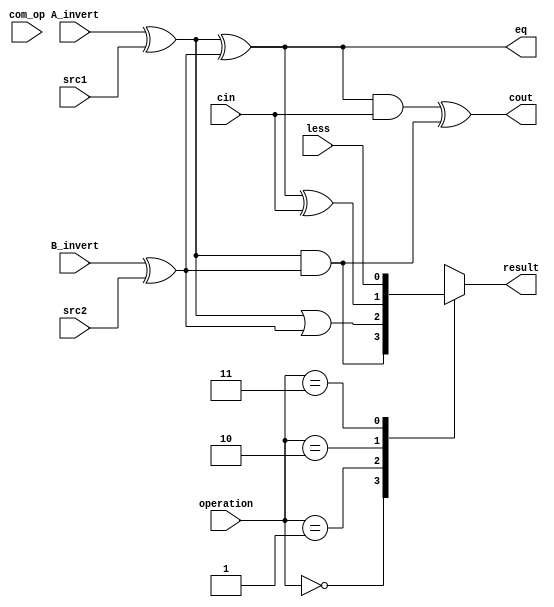
`timescale 1ns/1ps

module alu_top(
               src1,       //1 bit source 1 (input)
               src2,       //1 bit source 2 (input)
               less,       //1 bit less     (input)
               A_invert,   //1 bit A_invert (input)
               B_invert,   //1 bit B_invert (input)
               cin,        //1 bit carry in (input)
               operation,  //operation      (input)
               com_op,
               result,     //1 bit result   (output)
               cout,       //1 bit carry out(output)
               eq
               );

input         src1;
input         src2;
input         less;
input         A_invert;
input         B_invert;
input         cin;
input [2-1:0] operation;
input   [2:0] com_op;

output        result;
output        cout;
output        eq;

reg           result;

wire          m1,m2,op1,op2,op3,op4;

assign m1 = A_invert ^ src1;
assign m2 = B_invert ^ src2;
assign op1 = m1 & m2;
assign op2 = m1 | m2;
assign op3 = m1 ^ m2 ^ cin;
assign op4 = less;
assign eq = m1 ^ m2;
assign cout = ((m1 ^ m2) & cin) ^ (m1 & m2);

always@( * )
     begin
     case(operation)
          2'b00 : result = op1;
          2'b01 : result = op2;
          2'b10 : result = op3;
          2'b11 : result = op4;
     endcase
end

endmodule